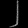
Digit: ၂